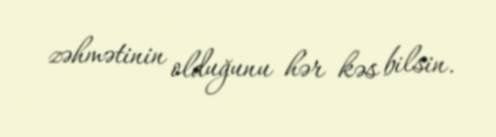
zəhmətinin olduğunu hər kəs bilsin.